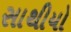
સાથીયો